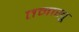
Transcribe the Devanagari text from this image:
तमाखू